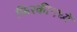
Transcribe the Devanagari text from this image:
फिरकीमध्ये